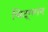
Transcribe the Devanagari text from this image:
चिद्‌गगन